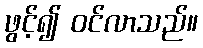
ဖွင့်၍ ဝင်လာသည်။